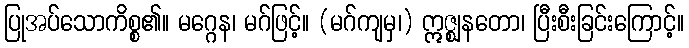
ပြုအပ်သောကိစ္စ၏။ မဂ္ဂေန၊ မဂ်ဖြင့်။ (မဂ်ကျမှ၊) ဣဇ္ဈနတော၊ ပြီးစီးခြင်းကြောင့်။